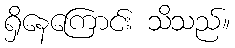
ရှိနေကြောင်း သိသည်။